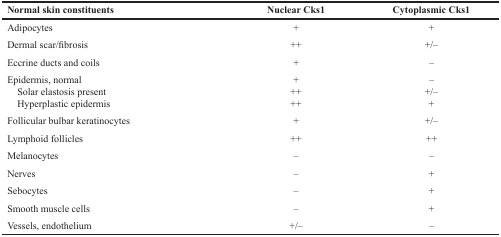
| Normal skin constituents | Nuclear Cks1 | Cytoplasmic Cks1 |
 | --- | --- | --- |
 | Adipocytes | + | + |
 | Dermal scar/fibrosis | ++ | +/– |
 | Eccrine ducts and coils | + | – |
 | Epidermis, normal | + | – |
 | Solar elastosis present | ++ | +/– |
 | Hyperplastic epidermis | ++ | + |
 | Follicular bulbar keratinocytes | + | +/– |
 | Lymphoid follicles | ++ | ++ |
 | Melanocytes | – | – |
 | Nerves | – | + |
 | Sebocytes | – | + |
 | Smooth muscle cells | – | + |
 | Vessels, endothelium | +/– | – |